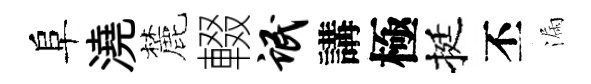
阜澆麓輟氓講極挺丕漏